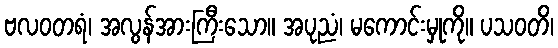
ဗလဝတရံ၊ အလွန်အားကြီးသော။ အပုညံ၊ မကောင်းမှုကို။ ပသဝတိ၊